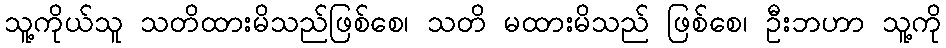
သူ့ကိုယ်သူ သတိထားမိသည်ဖြစ်စေ၊ သတိ မထားမိသည် ဖြစ်စေ၊ ဦးဘဟာ သူ့ကို